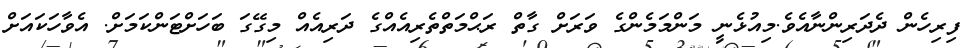
ފިރިހެން ދެދަރިންނާއެވެ.މިއުޅެނީ މަންމަމެންގެ ވަރަށް ގާތް ރަޙްމަތްތެރިއެއްގެ ދަރިއެއް މިގޭގަ ބަހަށްޓަންކަމަށް. އެވާހަކައަށް